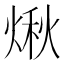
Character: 煍